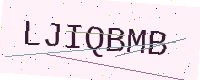
Text: LJIQBMB